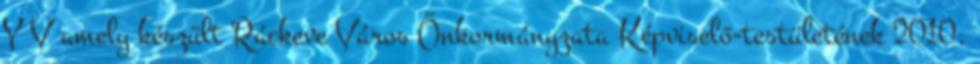
Y V amely készült Ráckeve Város Önkormányzata Képviselő-testületének 2010.